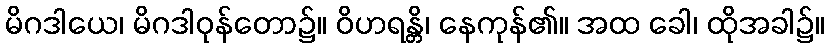
မိဂဒါယေ၊ မိဂဒါဝုန်တော၌။ ဝိဟရန္တိ၊ နေကုန်၏။ အထ ခေါ၊ ထိုအခါ၌။